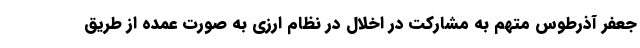
جعفر آذرطوس متهم به مشارکت در اخلال در نظام ارزی به صورت عمده از طریق